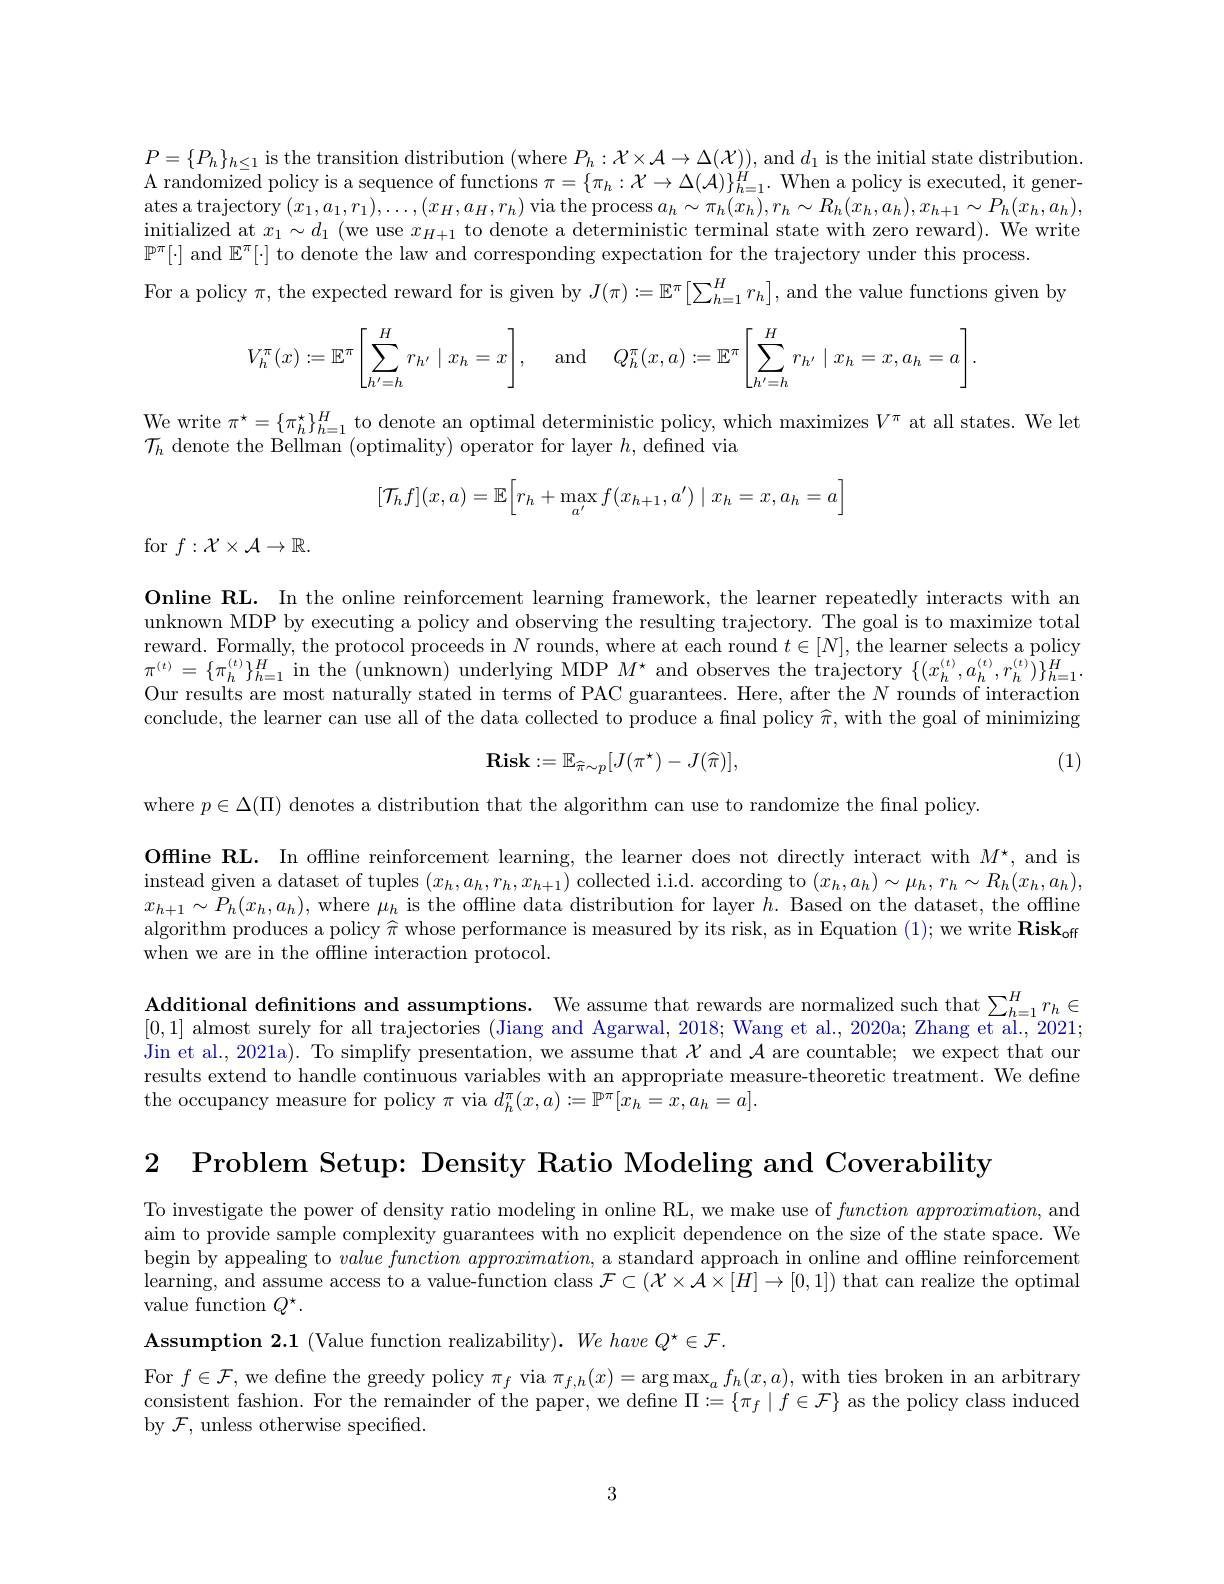
$P=\{P_{h}\}_{h\leq1}$ is the transition distribution (where $P_h:\mathcal{X}\times\mathcal{A}\to\Delta(\mathcal{X}))$, and $d_1$ is the initial state distribution. $\bar {\text{A randomized policy is a sequence of functions }\pi }= \{ \pi _h: \mathcal{X} \to \Delta ( \mathcal{A} ) \} _{h= 1}^H.$ When a policy is executed, it generates a trajectory $(x_1,a_1,r_1),\ldots,(x_H,a_H,r_h)$ via the process $a_h\sim\pi_h(x_h),r_h\sim R_h(x_h,a_h),x_{h+1}\sim P_h(x_h,a_h)$, initialized at $x_1\sim d_1$ (we use $x_H+1$ to denote a deterministic terminal state with zero reward). We write $\mathbb{P}^\pi[\cdot]$ and $\mathbb{E}^\pi[\cdot]$ to denote the law and corresponding expectation for the trajectory under this process
For a policy $\pi$, the expected reward for is given by $J(\pi):=\mathbb{E}^\pi\left[\sum_{h=1}^Hr_h\right]$, and the value functions given by
$$V_h^\pi(x):=\mathbb{E}^\pi\bigg[\sum\limits_{h'=h}^Hr_{h'}\mid x_h=x\bigg],\quad\text{and}\quad Q_h^\pi(x,a):=\mathbb{E}^\pi\bigg[\sum\limits_{h'=h}^Hr_{h'}\mid x_h=x,a_h=a\bigg].$$
We write $\pi^\star=\{\pi_h^\star\}_{h=1}^H$ to denote an optimal deterministic policy, which maximizes $V^\pi$ at all states. We let
$\mathcal{T}_{h}$ denote the Bellman (optimality) operator for layer $h$, defined via
$$[\mathcal{T}_hf](x,a)=\mathbb{E}\Big[r_h+\max_{a'}f(x_{h+1},a')\mid x_h=x,a_h=a\Big]$$
for $f:\mathcal{X}\times\mathcal{A}\to\mathbb{R}.$

Online RL. In the online reinforcement learning framework, the learner repeatedly interacts with an unknown MDP by executing a policy and observing the resulting trajectory. The goal is to maximize total reward. Formally, the protocol proceeds in $N$ rounds, where at each round $t\in[N]$, the learner selects a policy $\pi^{(t)}=\{\pi_{h}^{(t)}\}_{h=1}^{H}$in the (unknown) underlying MDP $M^{\star}$ and observes the trajectory $\{(x_{h}^{(t)},a_{h}^{(t)},r_{h}^{(t)})\}_{h=1}^{H}.$ Our results are most naturally stated in terms of PAC guarantees. Here, after the $N$ rounds of interaction conclude, the learner can use all of the data collected to produce a final policy $\widehat{\pi}$, with the goal of minimizing
$$\mathrm{Risk}:=\mathbb{E}_{\widehat{\pi}\sim p}[J(\pi^{\star})-J(\widehat{\pi})],$$
(1)

where $p\in\Delta(\Pi)$ denotes a distribution that the algorithm can use to randomize the fnal policy.

Offline RL. In offline reinforcement learning, the learner does not directly interact with $M^\star$, and is instead given a dataset of tuples $(x_h,a_h,r_h,x_{h+1})$ collected i.i.d. according to $(x_h,a_h)\sim\mu_h,r_h\sim R_h(x_h,a_h)$, $x_{h+1}\sim P_{h}(x_{h},a_{h})$,where $\mu_h$ is the offline data distribution for layer $h.$ Based on the dataset, the offline algorithm produces a policy $\widehat{\pi}$ whose performance is measured by its risk, as in Equation (1); we write Risk$_\mathrm{off}$ when we are in the offline interaction protocol.

Additional definitions and assumptions. We assume that rewards are normalized such that $\sum _{h= 1}^Hr_h\in$ Additional definitions and assumptions. We assume that rewards are normalized such that $\sum _{h\in 1}^Hr_h\in$ [0,1] almost surely for all trajectories (Jiang and Agarwal, 2018; Wang et al., 2020a; Zhang et al., 2021; Jin et al., 2021a). To simplify presentation, we assume that $\mathcal{X}$ and $\mathcal{A}$ are countable; we expect that our results extend to handle continuous variables with an appropriate measure-theoretic treatment. We define the occupancy measure for policy $\pi$ via $d_h^{\pi}(x,a):=\mathbb{P}^{\pi}[x_h=x,a_h=a].$

2 Problem Setup: Density Ratio Modeling and Coverability

To investigate the power of density ratio modeling in online RL, we make use of function $approximation$, and aim to provide sample complexity guarantees with no explicit dependence on the size of the state space. We begin by appealing to valuefunction appro$ximation$, a standard approach in online and offline reinforcement learning, and assume access to a value-function class $\mathcal{F}\subset(\mathcal{X}\times\mathcal{A}\times[H]\to[0,1])$ that can realize the optimal value function $Q^{\star}.$

$\mathbf{Assumption~2.1~(Value~function~realizability).~}We~have~Q^{\star}\in\mathcal{F}.$
For $f\in\mathcal{F}$, we define the greedy policy $\pi_f$ via $\pi_f,h(x)=\arg\max_af_h(x,a)$, with ties broken in an arbitrary consistent fashion. For the remainder of the paper, we define $\Pi:=\{\pi_f\mid f\in\mathcal{F}\}$ as the policy class induced by $\mathcal{F}$, unless otherwise specified.

3